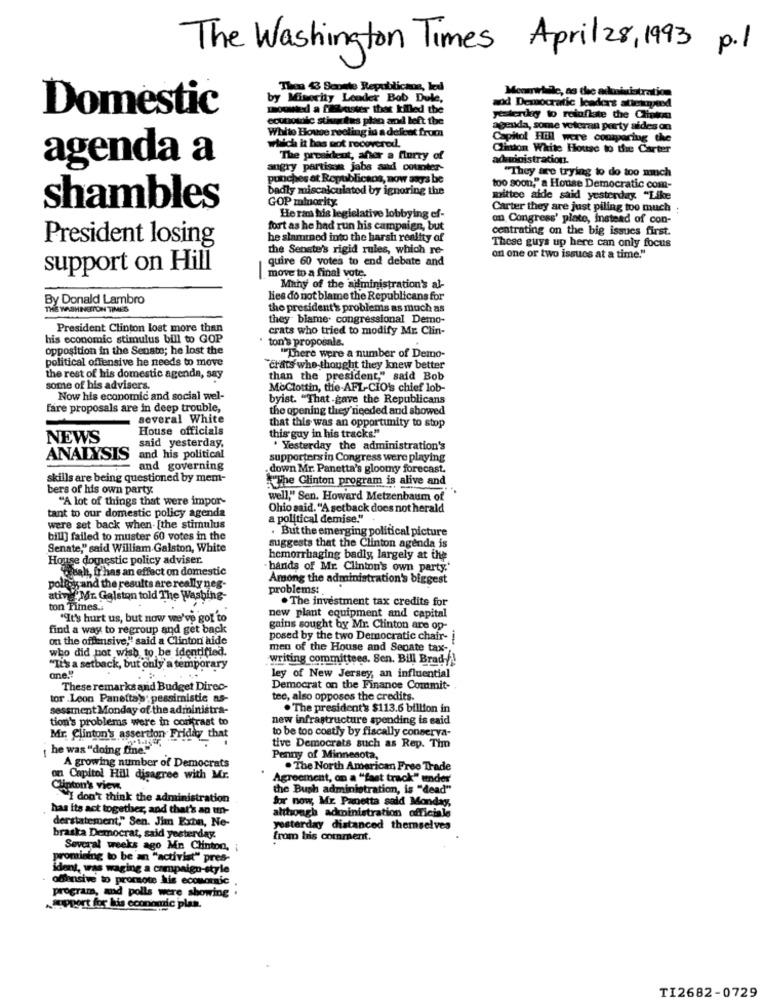
The Washington Times April 28, 1993 p.1
Thes & Soonte Republicans, led
Meomwille, as the adusinistration
by Minority Leader Bob Dule,
Domestic
mounted a filibuster that killed the
wood Democratic leaders atterqueesd
ecutotilc stiva tas plan and left the
yestertky to roloflate the Clinton
White House reeling in a defeat from
agenda, some veteran party aides on
ralch it has not recovered.
Capitol Hill were couraring the
Clinton White House to the Carter
agenda a
The president, after a flurry of
administration.
angry partisom jabs and counter-
"They are trying to do too much
punches at Republicans, now asys be
badly miscalculated by ignoring the
too soon," a House Democratic com-
GOP minority.
mittee aide said yesterday. "Like
shambles
Carter they are just piling too much .
Heras his legislative lobbying ef-
an Congress' plate, instead of con-
fort as he had run his campaign, but
centrating on the big issues first.
President losing
he slamted into the harsh reality of
the Senate's rigid rules, which re-
These guys up here can only focus
quire 60 votes to end debate and
on one or two issues at a time."
support on Hill
move to a final vote.
Many of the administration's al-
By Donald Lambro
lies do not blame the Republicans for
THE WASHINGTON TIMES
the president's problems as much as
they blame. congressional Detno-
President Clinton lost more than
crats who tried to modify Mr. Clin-
his economic stimulus bill to GOP
ton's proposals.
opposition in the Senate; he lost the
political offensive he needs to move
"There were a number of Demo-
crats who thought they knew better
the rest of his domestic agenda, say
than the president," said Bob
some of his advisers.
MoClottin, the-AFL-CIO's chief lob-
Now his economic and social wel-
byist. "That gave the Republicans
fare proposals are in deep trouble,
the opening they'needed and showed
several White
House officials
that this was an opportunity to stop
NEWS
this guy in his tracks"
said yesterday,
. Yesterday the administration's
ANALYSIS
and his political
supporters in Congress were playing
and governing
down Mr. Panetta's gloomy forecast.
skills are being questioned by mem-
The Clinton program is alive and
bers of his own party.
"A lot of things that were impor-
well," Sen. Howard Metzenbaum of
tant to our domestic policy agenda
Ohio said. "A setback does not herald
a political demise."
were set back when- [the stimulus
. But the emerging political picture
bill] failed to muster 60 votes in the
Senate," said William Galston, White
suggests that the Clinton agenda is
House domestic policy adviser.
hemorrhaging badly, largely at the
weah, fr has an effect on domestic
- hands of Mr. Clinton's own party."
Among the administration's biggest
pollysand the results are really nes-
problems:
ative Mr. Galston told The Washing-
. The investment tax credits for
ton Times ..
"It's hurt us, but now we've got to
new plant equipment and capital
find a way to regroup and get back
gains sought by Mr. Clinton are op-
on the offensive," said a Clinton aide
posed by the two Democratic chair-
who did not wish to be identified.
men of the House and Senate tax-
writing committees. Sen. Bill Brad !
"It's a setback, but only a temporary
one !!
ley of New Jersey, an influential
These remarks and Budget Direc-
Democrat on the Finance Commit-
tor .Leon Panetta's: pessimistic as-
tee, also opposes the credits.
sessment Monday of the administra-
. The president's $113.6 billion in
tion's problems were in contrast to
new infrastructure spending is said
to be too costly by fiscally conserva-
Mr. Clinton's assertion Friday that
he was "doing fine."
tive Democrats such as Rep. Tim
A growing number of Democrats
Penny of Minnesota,
. The North American Free Trade
on Capitol Hill disagree with Mr.
Agreement, on a ""fast track" under'
Clinton's view
the Bush administration, is "dead"
I don't think the administration
for now, Mr. Panetta sald Monday,
has its act together, and that's an un-
although acministration officiale
derstatement," Sen. Jim Exta, Ne-
yesterday distanced themselves
braska Democrat, said yesterday.
from his comment.
Several weeks ago Mn Clinton,
promising to be an "activist" pres-
ident, was waging a campaign-style
offensive to promote kis economic
program, and polls were showing
Support for kis economic plan.
TI2682-0729